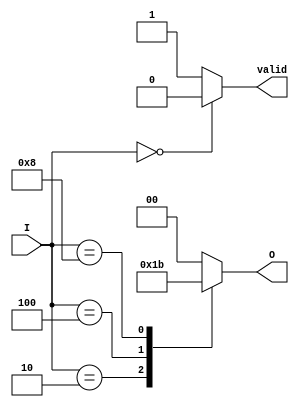
module multilevel_encoder (
    input [3:0] I,       // 4 input lines
    output reg [1:0] O,  // 2 output lines
    output reg valid     // output valid signal
);
    
    always @(*) begin
        case (I)
            4'b0000: begin
                O = 2'b00; 
                valid = 1'b0; // No active input
            end
            4'b0001: begin
                O = 2'b00; 
                valid = 1'b1; // I0 is active
            end
            4'b0010: begin
                O = 2'b01; 
                valid = 1'b1; // I1 is active
            end
            4'b0100: begin
                O = 2'b10; 
                valid = 1'b1; // I2 is active
            end
            4'b1000: begin
                O = 2'b11; 
                valid = 1'b1; // I3 is active
            end
            default: begin
                O = 2'b00; 
                valid = 1'b1; // Default to I0 if multiple inputs are high
            end
        endcase
    end

endmodule